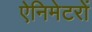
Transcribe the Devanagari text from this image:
ऐनिमेटरों